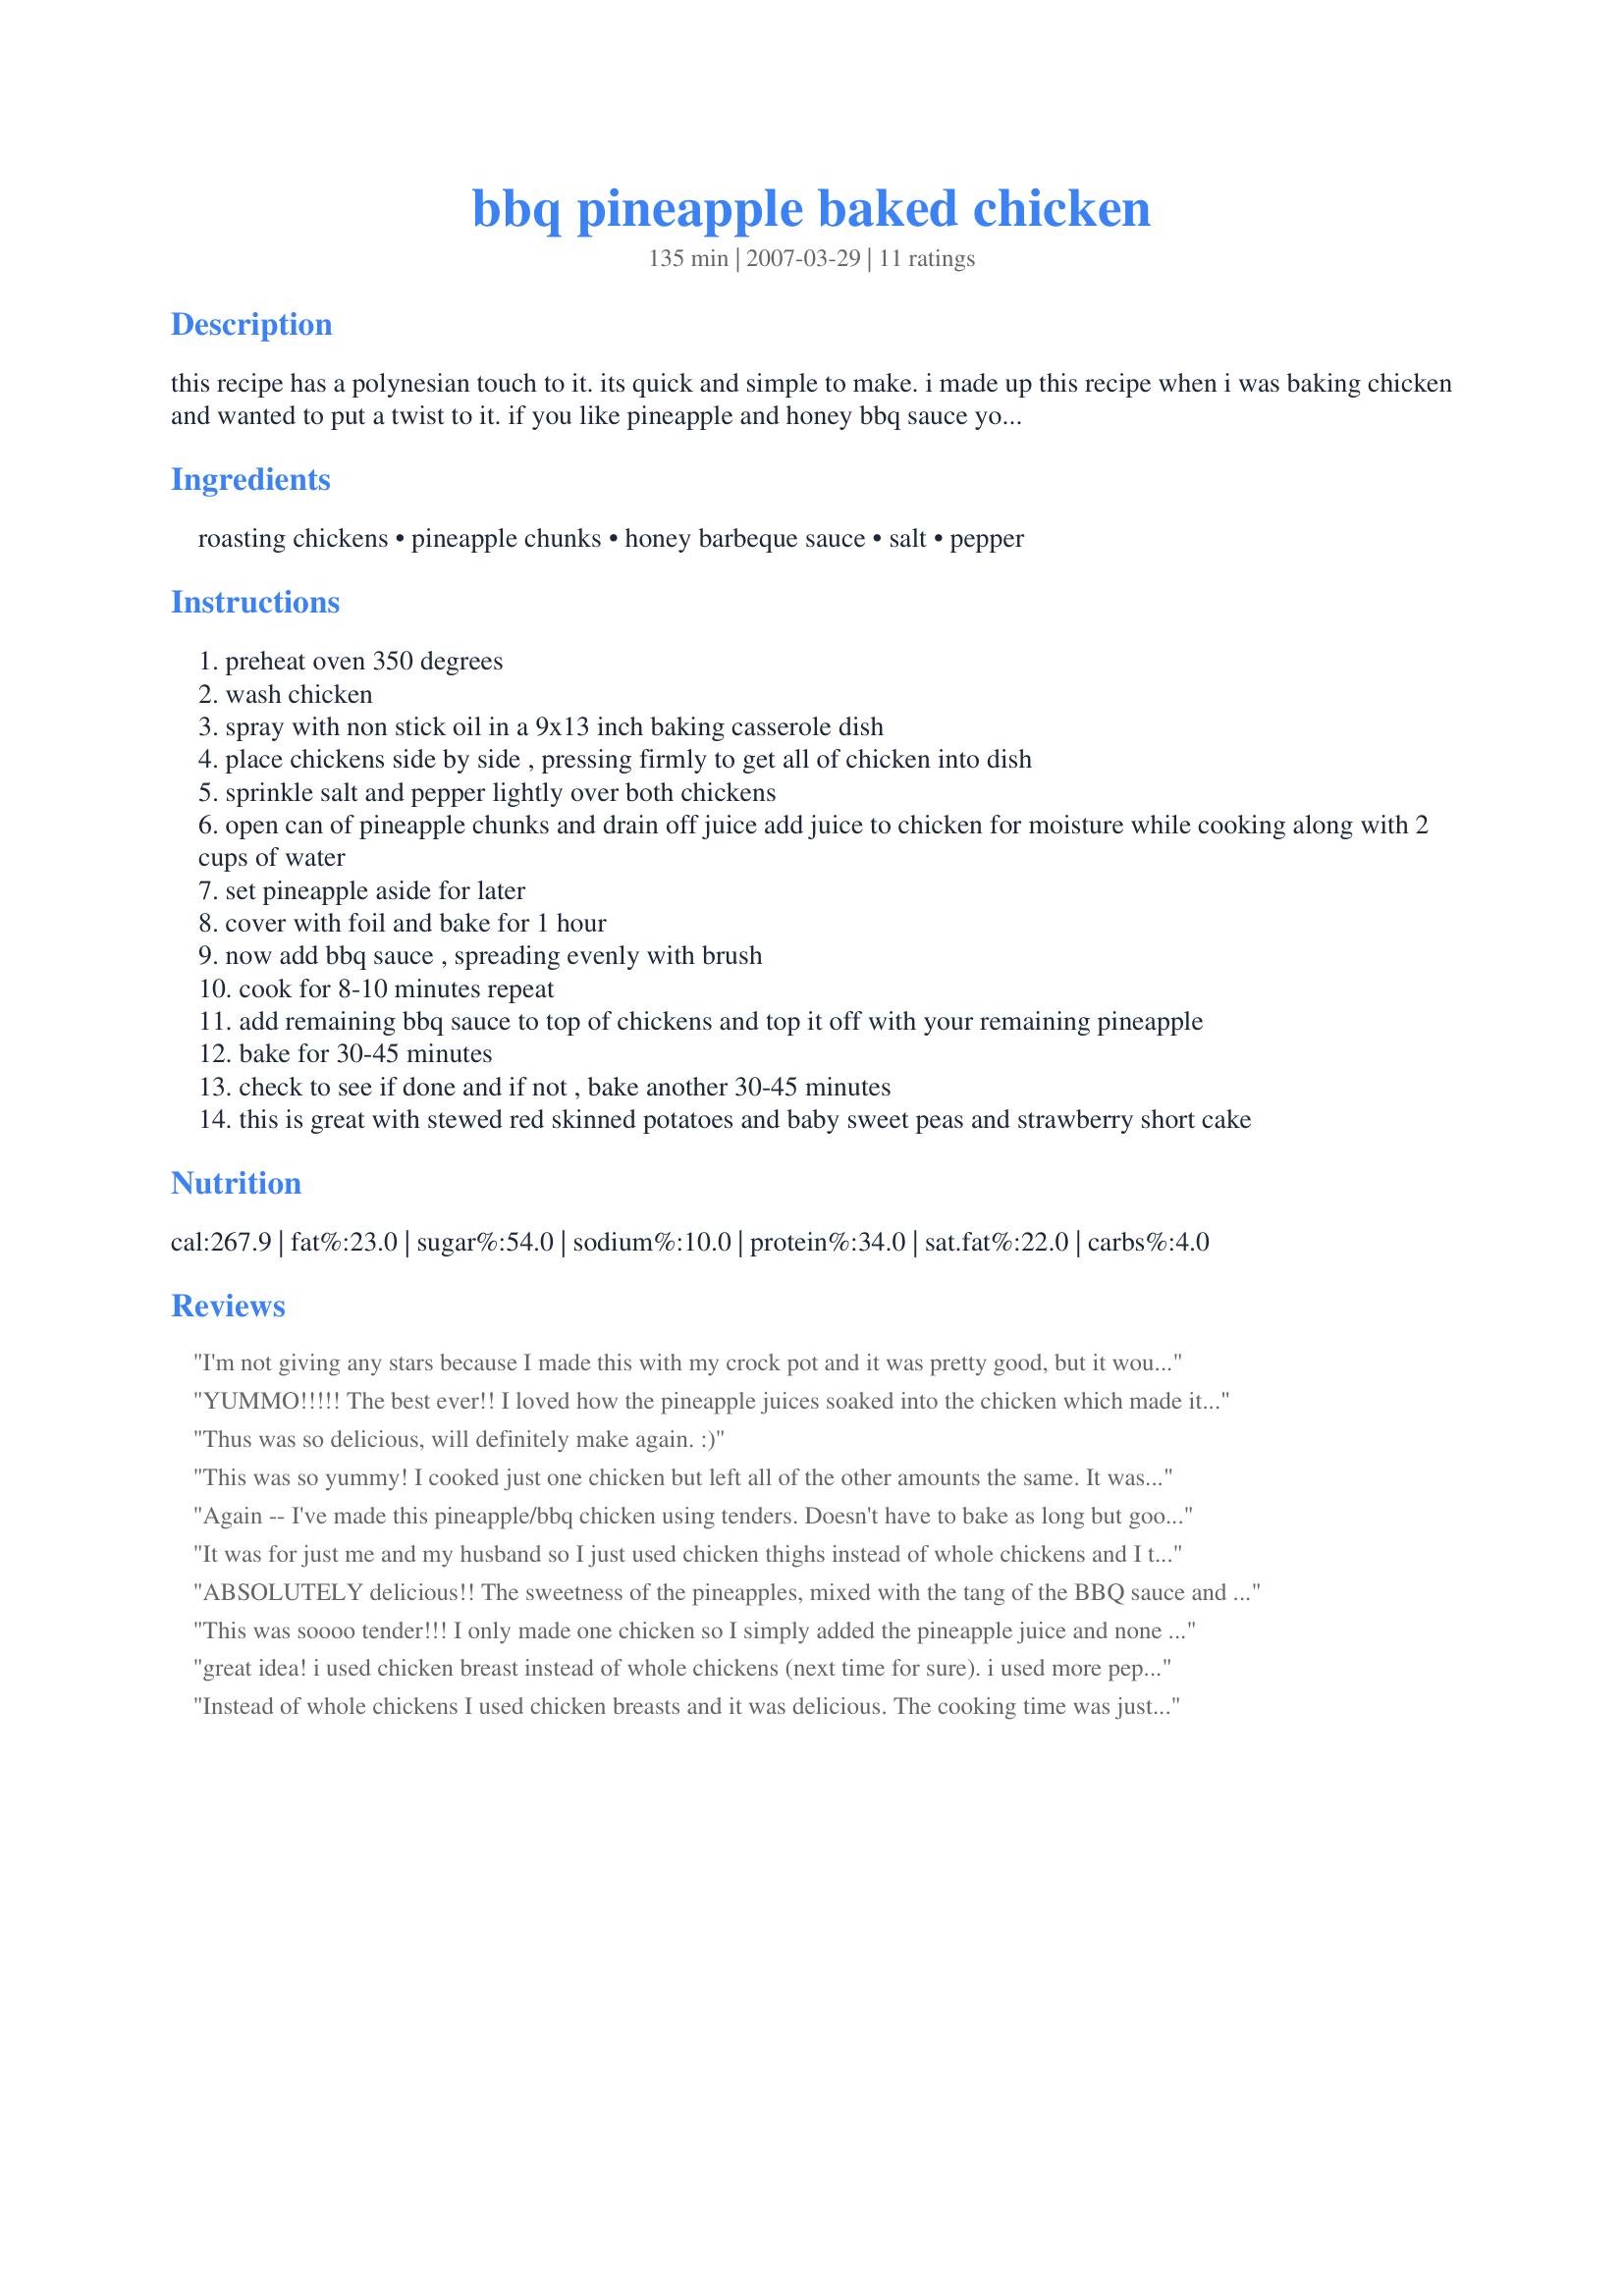
bbq pineapple baked chicken
Preparation time: 135 minutes

this recipe has a polynesian touch to it. its quick and simple to make. i made up this recipe when i was baking chicken and wanted to put a twist to it. if you like pineapple and honey bbq sauce you will love this.

Ingredients:
roasting chickens, pineapple chunks, honey barbeque sauce, salt, pepper

Steps:
preheat oven 350 degrees
wash chicken
spray with non stick oil in a 9x13 inch baking casserole dish
place chickens side by side , pressing firmly to get all of chicken into dish
sprinkle salt and pepper lightly over both chickens
open can of pineapple chunks and drain off juice add juice to chicken for moisture while cooking along with 2 cups of water
set pineapple aside for later
cover with foil and bake for 1 hour
now add bbq sauce , spreading evenly with brush
cook for 8-10 minutes repeat
add remaining bbq sauce to top of chickens and top it off with your remaining pineapple
bake for 30-45 minutes
check to see if done and if not , bake another 30-45 minutes
this is great with stewed red skinned potatoes and baby sweet peas and strawberry short cake

Reviews:
I'm not giving any stars because I made this with my crock pot and it was pretty good, but it would be better made in the oven. I think if I make it again in my crock pot, I will eliminate the water and just use the juice. The water wasn't really needed with the crock pot. Make for PAC 2008.
YUMMO!!!!! The best ever!! I loved how the pineapple juices soaked into the chicken which made it so moist and tender! I did use chicken breast instead which only took about 45 minutes and I used pineapple slices. I ate two servings cause it was so good!! Thanks so much, this is a big favorite now!!
Thus was so delicious, will definitely make again. :)
This was so yummy! I cooked just one chicken but left all of the other amounts the same. It was one of the first times there weren't any leftovers between the 5 of us. Thank you for posting such a great recipe and I look forward to making it in the future.
Again -- I've made this pineapple/bbq chicken using tenders. Doesn't have to bake as long but good !!!
It was for just me and my husband so I just used chicken thighs instead of whole chickens and I tweaked the amount of certain ingredients but it all came out really well!! I thank you for sharing your recipes!
ABSOLUTELY delicious!! The sweetness of the pineapples, mixed with the tang of the BBQ sauce and the juicy, tenderness of the chicken was soooooooooo good!! I used chicken quarters. It was perfect for a Memorial Day dinner without having to grill outdoors. This recipe is definitely going in the archives!
This was soooo tender!!! I only made one chicken so I simply added the pineapple juice and none of the water. I cooked it covered for 45 minutes then added the bbq sauce and the pineapple and cooked for 30 more minutes uncovered. This came out so tender and yummy! i will make this again for sure, thanks a lot for sharing! :)
great idea! i used chicken breast instead of whole chickens (next time for sure). i used more pepper and added a clove of crushed garlic. served it with rice and it was fantastic. Thank you so much Chef :)
Instead of whole chickens I used chicken breasts and it was delicious. The cooking time was just 40 minutes. My boyfriend was complimenting how tasty the chicken was. He was also bragging to the people at his office. I will definitely make this again. Kudos!!!!
The slow cook on this BBQ chicken is worth it, it creates a nice juicy chicken breast. Not dry at all. I loved the flavor of the pineapple chunks too. Really good BBQ chicken, thanks!
